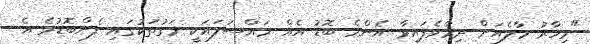
"މިހާރު މާލެއަށް ދިމާވެފައިވާ އެންމެ ބޮޑު އެއް މައްސަލައަކީ މަގުތަކުގައި ފެންބޮޑުވެ އެ